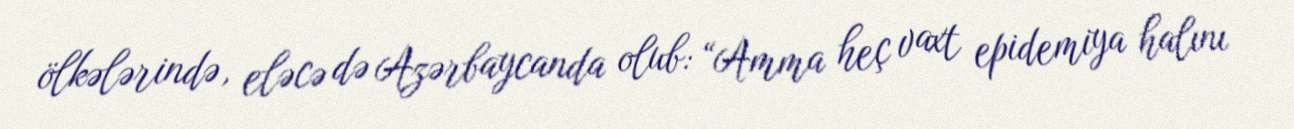
ölkələrində, eləcə də Azərbaycanda olub: “Amma heç vaxt epidemiya halını